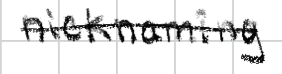
Text: nicknaming
Cross-out: single-line
Writing tool: digital_black